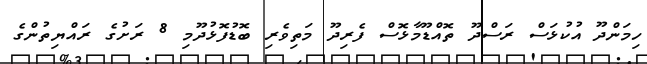
ހިމަންދޫ އުކުޅަސް ރަސްދޫ ތޮއްޑޫމާޅޮސް ފެރިދޫ މަތިވެރި ބޮޑުފޮޅުދޫމި 8 ރަށުގެ ރައްޔިތުންގެ